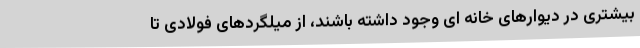
بیشتری در دیوارهای خانه ای وجود داشته باشند، از میلگردهای فولادی تا